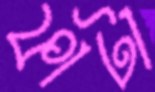
ফাটা